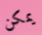
يمكن